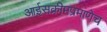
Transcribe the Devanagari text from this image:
आईसक्रीमप्रमाणेच